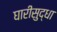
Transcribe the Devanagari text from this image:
घारीसुद्धा